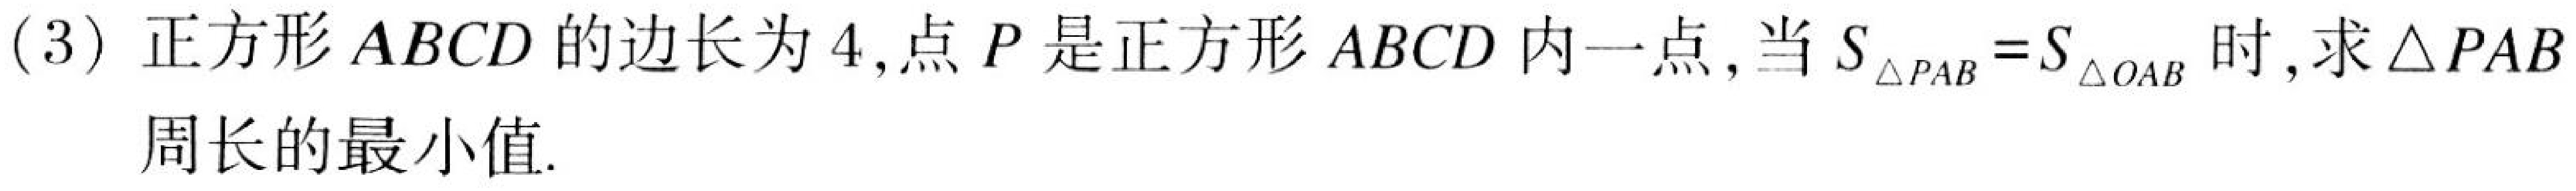
(3) 正方形 \(ABCD\) 的边长为 \(4\)，点 \(P\) 是正方形 \(ABCD\) 内一点，当 \(S_{\triangle PAB}=S_{\triangle DAB}\) 时，求 \(\triangle PAB\)
周长的最小值.